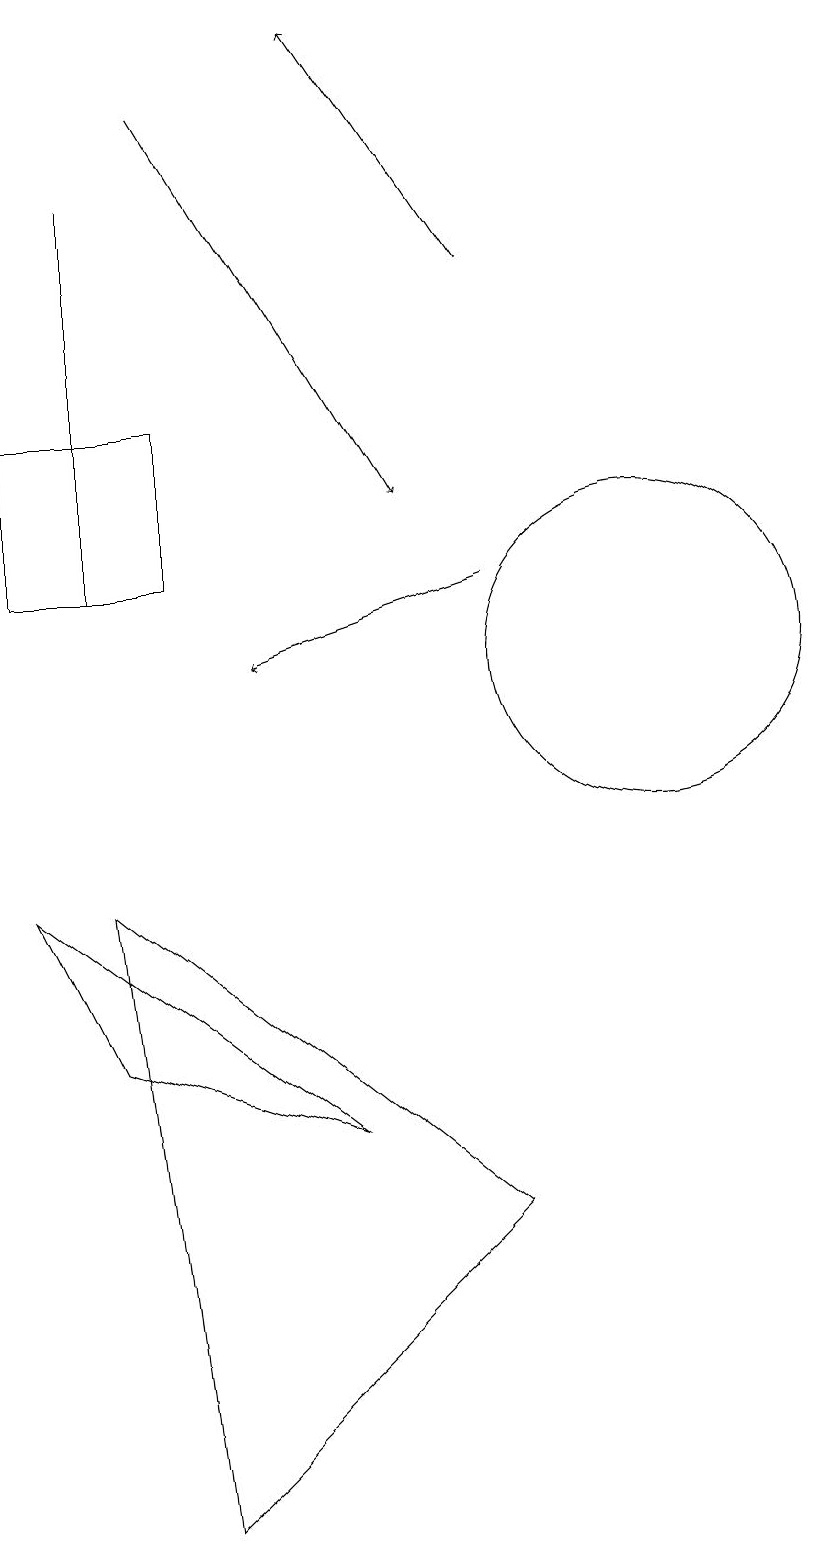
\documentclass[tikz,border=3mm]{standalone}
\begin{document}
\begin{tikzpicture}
\draw[->] (4,18) -- (7,13);
\draw (10,11) circle (2);
\draw (3,17) rectangle (3,12);
\draw[->] (8,16) -- (6,19);
\draw[->] (8,12) -- (5,11);
\draw (6,5) -- (3,6) -- (2,8) -- cycle;
\draw (2,14) rectangle (4,12);
\draw (3,8) -- (4,0) -- (8,4) -- cycle;
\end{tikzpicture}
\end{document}